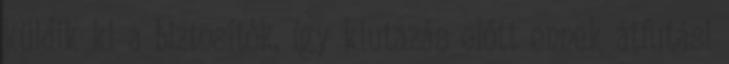
küldik ki a biztosítók, így kiutazás előtt ennek átfutási